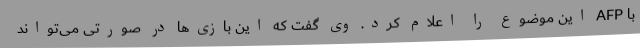
با AFP این موضوع را اعلام کرد. وی گفت که این بازی‌ها در صورتی می‌تواند